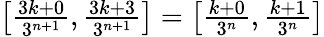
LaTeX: \textstyle\left[{\frac{3k+0}{3^{n+1}}},{\frac{3k+3}{3^{n+1}}}\right]=\left[{\frac{k+0}{3^{n}}},{\frac{k+1}{3^{n}}}\right]